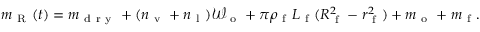
m _ { \mathrm { ~ R ~ } } ( t ) = m _ { \mathrm { ~ d ~ r ~ y ~ } } + ( n _ { \mathrm { ~ v ~ } } + n _ { \mathrm { ~ l ~ } } ) \mathcal { W } _ { \mathrm { ~ o ~ } } + \pi \rho _ { \mathrm { ~ f ~ } } L _ { \mathrm { ~ f ~ } } ( R _ { \mathrm { ~ f ~ } } ^ { 2 } - r _ { \mathrm { ~ f ~ } } ^ { 2 } ) + m _ { \mathrm { ~ o ~ } } + m _ { \mathrm { ~ f ~ } } .